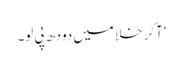
‘آکر خلا میں دودھ پی لو۔